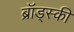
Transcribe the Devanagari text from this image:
ब्रॉड्स्की